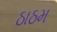
ઠાઠમ